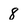
Character: 8